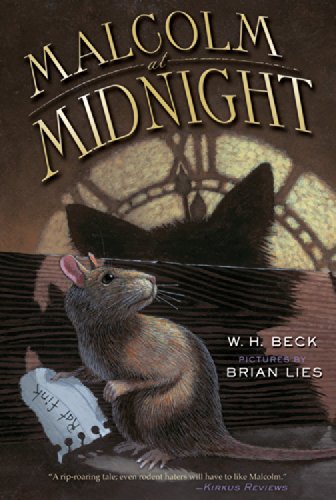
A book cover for Malcolm at Midnight; W.  H. Beck; Children's Books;